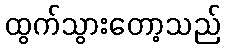
ထွက်သွားတော့သည်